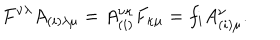
LaTeX: F ^ { \nu \lambda } A _ { ( i ) \lambda \mu } = A _ { ( i ) } ^ { \nu \kappa } F _ { \kappa \mu } = f _ { i } A _ { ( i ) \mu } ^ { \nu } .